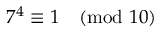
7 ^ { 4 } \equiv 1 { \pmod { 1 0 } }